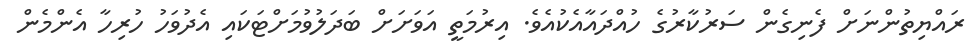
ރައްޔިތުންނަށް ފެނިގެން ސަރުކާރުގެ ހުއްދައާއެކުއެވެ. އިރުމަތީ އަވަށަށް ބަދަލުވުމަށްޓަކައި އެދުވަހު ހުރިހާ އެންމެން